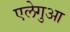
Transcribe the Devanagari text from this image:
एलेगुआ